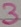
Text: 3